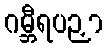
ဂမ္ဘီရပဉှာ